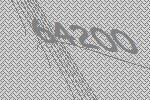
64200